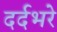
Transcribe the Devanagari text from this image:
दर्दभरे